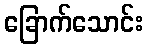
ခြောက်သောင်း